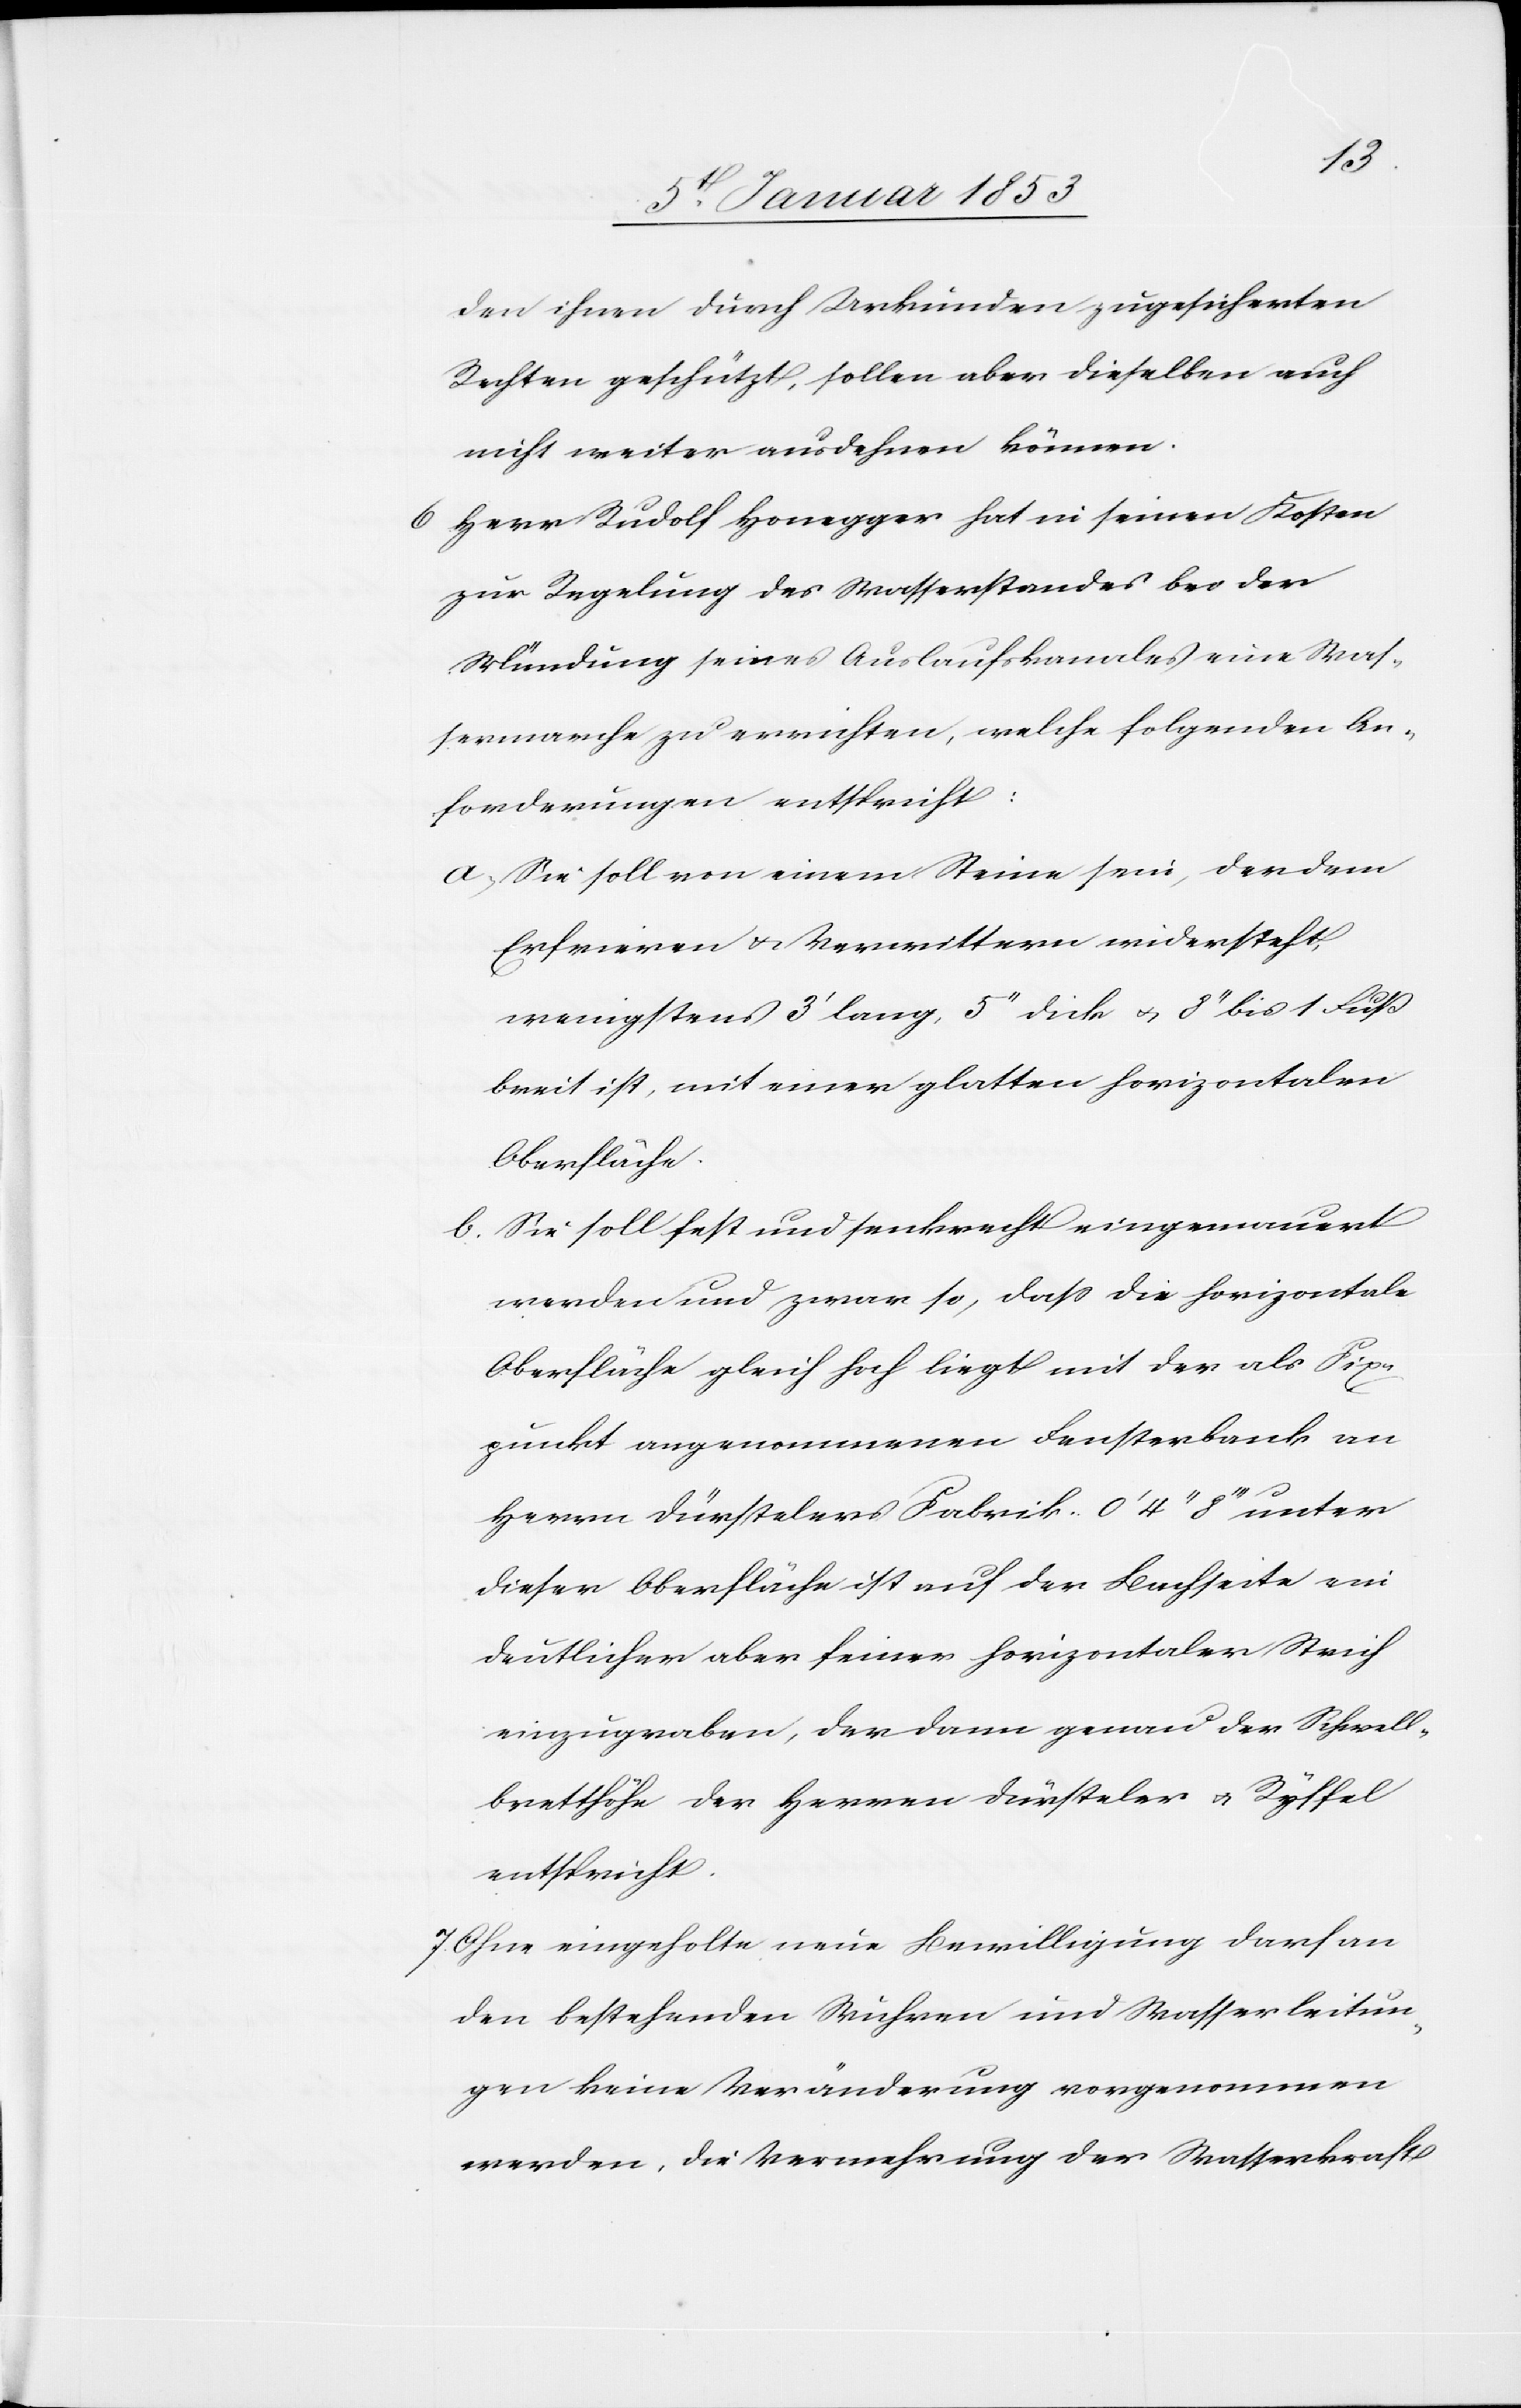
den ihnen durch Urkunden zugesicherten
Rechten geschützt, sollen aber dieselben auch
nicht weiter ausdehnen können.
6. Herr Rudolf Honegger hat in seinen Kosten
zur Regelung des Wasserstandes bei der
Mündung seines Auslaufkanales eine Was¬
sermarche zu errichten, welche folgenden An¬
forderungen entspricht:
a. Sie soll von einem Steine sein, der dem
Erfrieren u. Verwittern widersteht,
wenigstens 3’ lang, 5’’ dick u. 8’’ bis 1. Fuß
breit ist, mit einer glatten horizontalen
Oberfläche.
b. Sie soll fest und senkrecht eingemauert
werden und zwar so, dass die horizontale
Oberfläche gleich hoch liegt mit der als Fix¬
punkt angenommenen Fensterbank an
Herrn Dürstelers Fabrik 0’ 4’’ 8’’’ unter
dieser Oberfläche ist auf der Bachseite ein
deutlicher aber feiner horizontaler Strich
einzugraben, der dann genau der Schwell¬
bretthöhe der Herren Dürsteler u. Ryffel
entspricht.
7. Ohne eingeholte neue Bewilligung darf an
den bestehenden Wuhren und Wasserleitun¬
gen keine Veränderung vorgenommen
werden, die Vermehrung der Wasserkraft